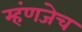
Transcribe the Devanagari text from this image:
म्हंणजेच